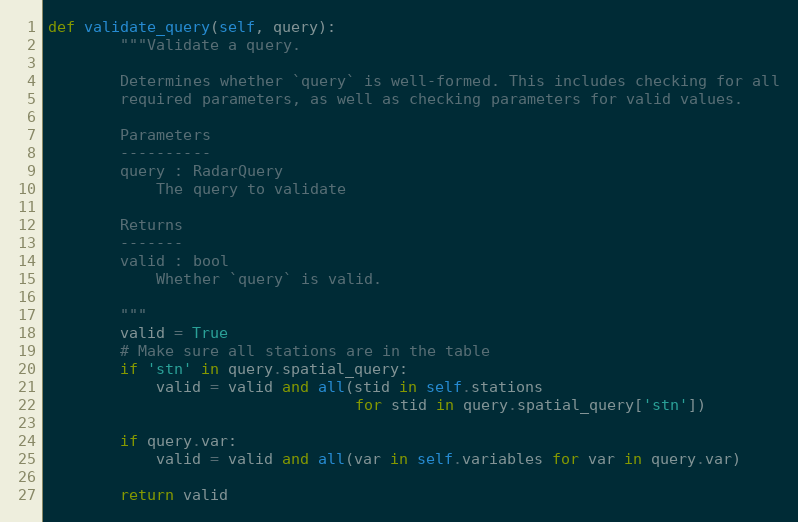
Language: Python
def validate_query(self, query):
        """Validate a query.

        Determines whether `query` is well-formed. This includes checking for all
        required parameters, as well as checking parameters for valid values.

        Parameters
        ----------
        query : RadarQuery
            The query to validate

        Returns
        -------
        valid : bool
            Whether `query` is valid.

        """
        valid = True
        # Make sure all stations are in the table
        if 'stn' in query.spatial_query:
            valid = valid and all(stid in self.stations
                                  for stid in query.spatial_query['stn'])

        if query.var:
            valid = valid and all(var in self.variables for var in query.var)

        return valid